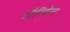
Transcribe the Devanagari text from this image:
नौरियेल